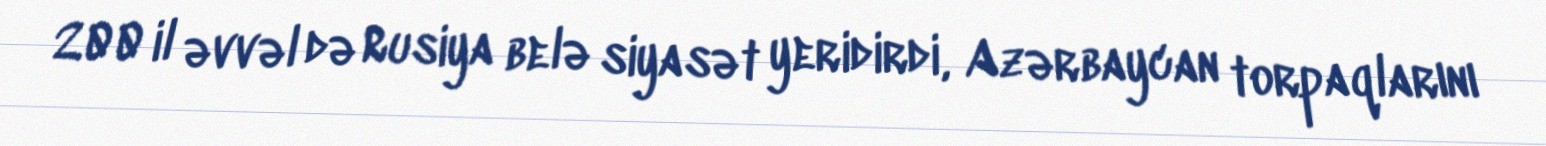
200 il əvvəl də Rusiya belə siyasət yeridirdi, Azərbaycan torpaqlarını